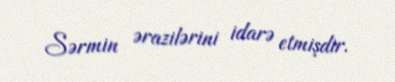
Sərmin ərazilərini idarə etmişdir.